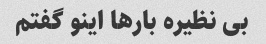
بی نظیره بارها اینو گفتم